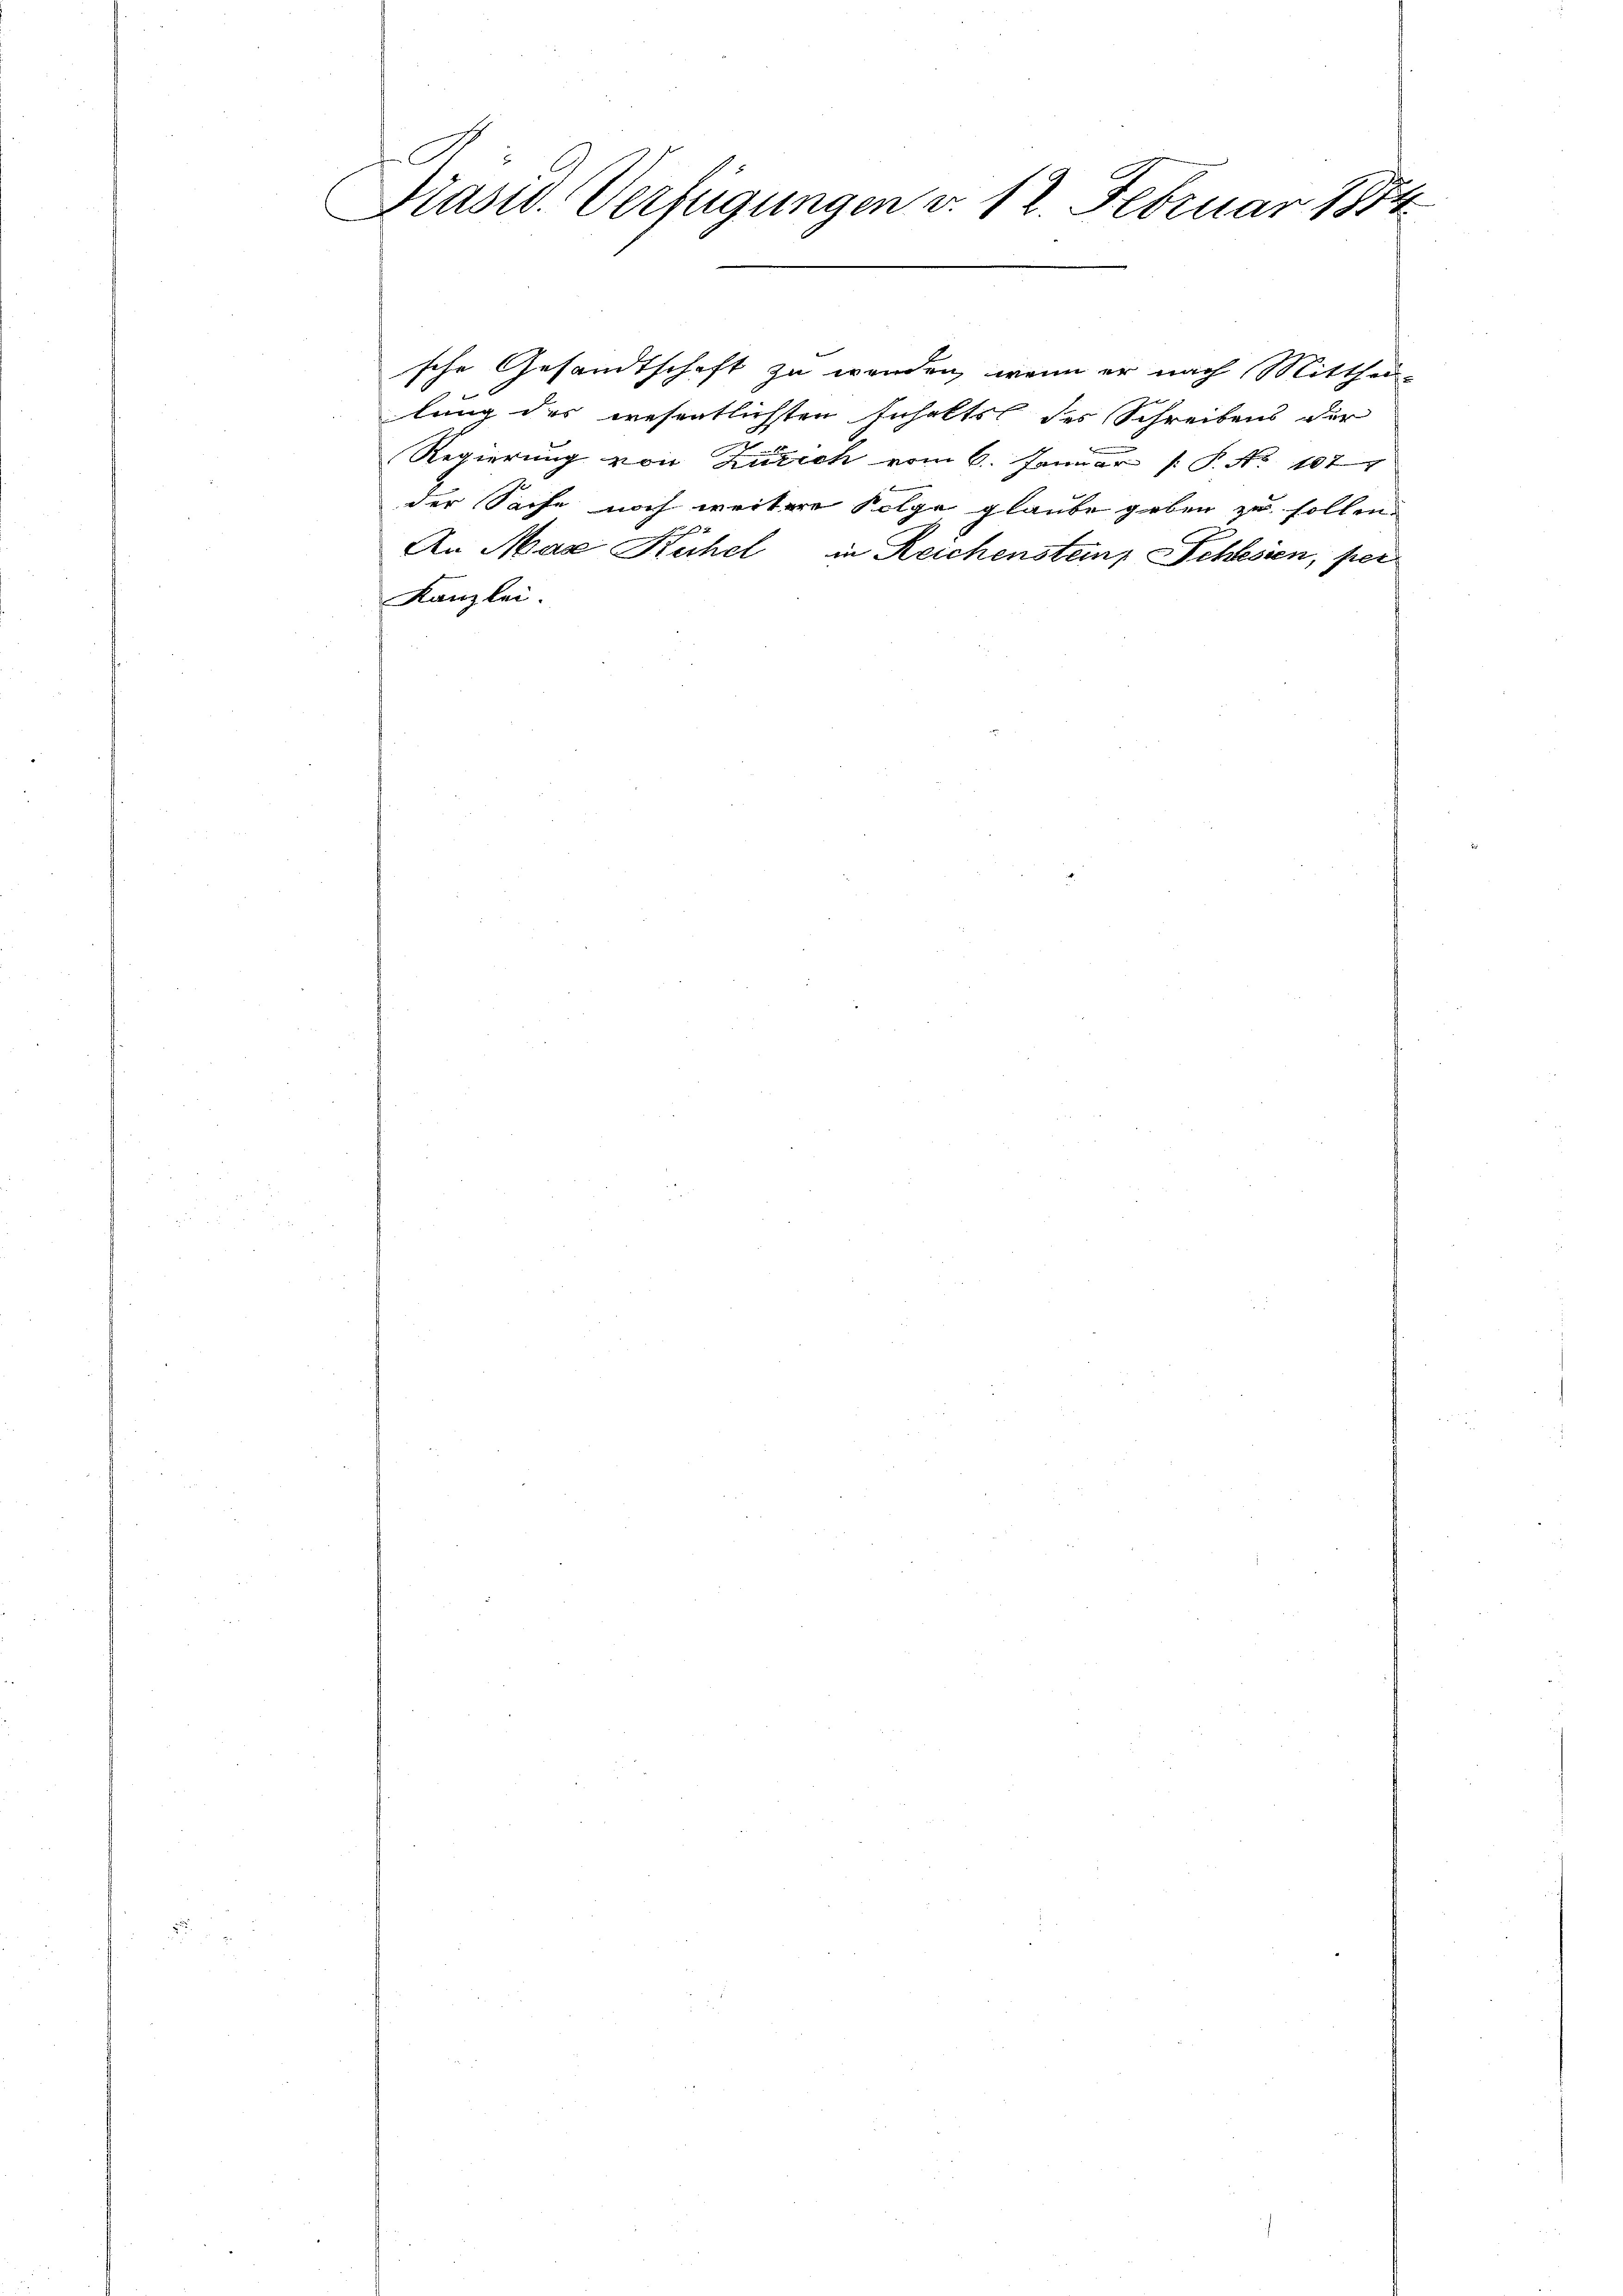
A
Präsid. Verfügungen v. 12. Februar 1874

sche Gesandtschaft zu werden, wenn er nach Mitthei-
lung des wesentlichten Inhaltst des Schreibens der
Regierung von Zürich vom 6. Januar  P. No 1077
der Sache noch weitere Folge glaube geben zu sollen.
An Max Kühel, in Reichensteins Schlesien, per
Kanzlei.